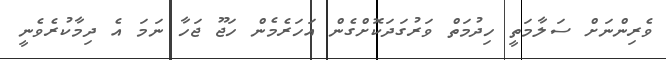
ވެރިންނަށް ސަލާމަތީ ހިދުމަތް ވަރުގަދަކޮށްގެން އަހަރެމެން ހަޖޫ ޖަހާ ނަމަ އެ ދިމާކުރެވެނީ